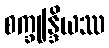
စက္ခုန္ဒြိယဿ